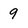
Character: 9